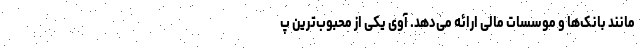
مانند بانک‌ها و موسسات مالی ارائه می‌دهد. آوی یکی از محبوب‌ترین پ